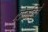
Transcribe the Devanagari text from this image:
सेकविले